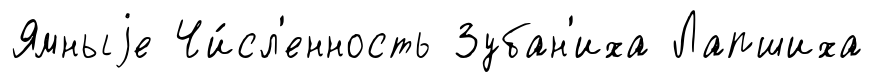
Ямныjе Чи́сл'енность Зубан'иха Лапшиха